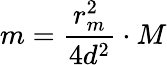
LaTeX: m=\frac{r_{m}^{2}}{4d^{2}}\cdot M